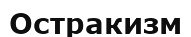
Остракизм